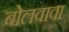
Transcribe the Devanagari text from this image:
बोलवावा